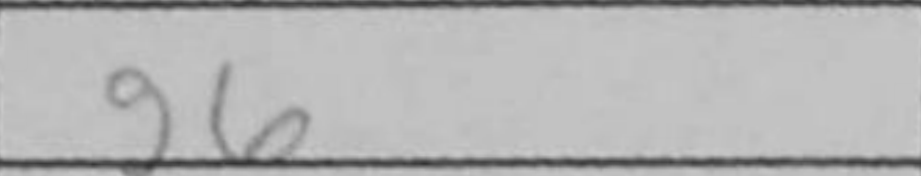
Transcription: g6